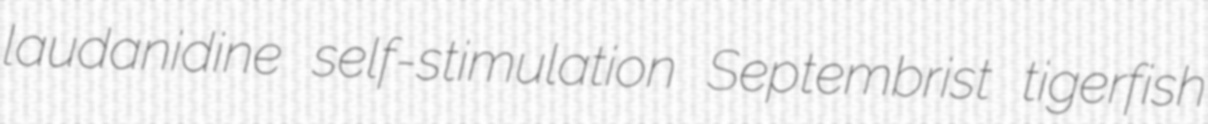
laudanidine self-stimulation Septembrist tigerfish